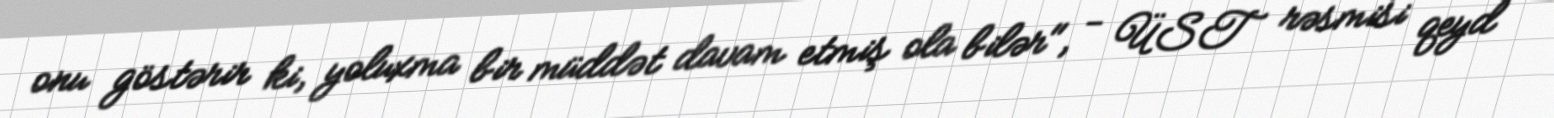
onu göstərir ki, yoluxma bir müddət davam etmiş ola bilər", - ÜST rəsmisi qeyd